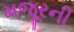
મજૂરની